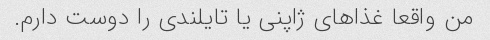
من واقعا غذاهای ژاپنی یا تایلندی را دوست دارم.